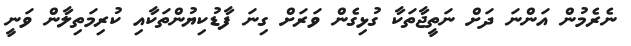
ނެރެމުން އަންނަ ދަށް ނަތީޖާތަކާ ގުޅިގެން ވަރަށް ގިނަ ފާޑުކިޔުންތަކާއި ކުރިމަތިލާން ވަނީ